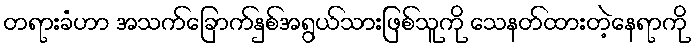
တရားခံဟာ အသက်ခြောက်နှစ်အရွယ်သားဖြစ်သူကို သေနတ်ထားတဲ့နေရာကို